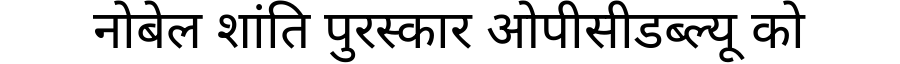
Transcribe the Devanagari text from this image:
नोबेल शांति पुरस्कार ओपीसीडब्ल्यू को